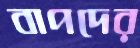
বাপদের